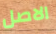
الاصل